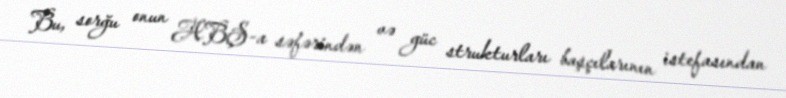
Bu, sorğu onun ABŞ-a səfərindən və güc strukturları başçılarının istefasından